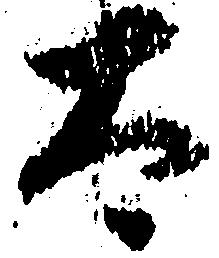
太